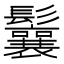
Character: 鬤